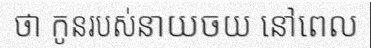
ថា កូនរបស់នាយចយ នៅពេល